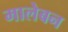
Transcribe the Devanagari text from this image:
मालेबन